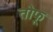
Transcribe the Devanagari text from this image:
तोफू